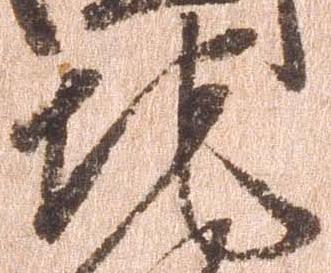
地